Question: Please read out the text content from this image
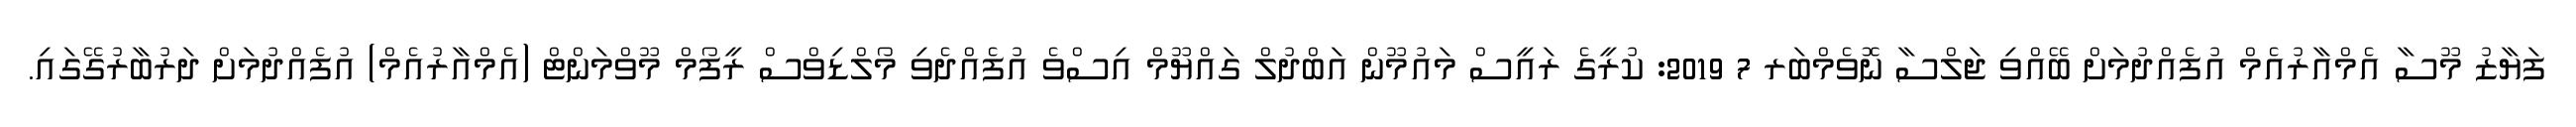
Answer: ފަޔާޒު މޫސާ އެމްއާރުއެމް އުފެއްދުމަށް ބޭއްވި ޖަލްސާ ނޮވެމްބަރ 7 2019: ކުރީގެ ރައީސް މައުމޫން އަބްދުލް ގައްޔޫމް އިސްވެ އުފެއްދެވި މޯލްޑިވްސް ރީފޯމް މޫވްމަންޓް (އެމްއާރުއެމް) އުފެއްދުމަށް ދަރުބާރުގޭގައި.